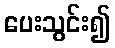
ပေးသွင်း၍